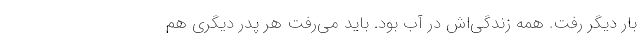
بار دیگر رفت. همه زندگی‌اش در آب بود. باید می‌رفت هر پدر دیگری هم